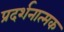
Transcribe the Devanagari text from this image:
प्रदर्शनात्‍मक